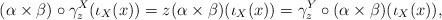
LaTeX: \begin{align*} (\alpha\times \beta)\circ \gamma^X_z(\iota_X(x)) = z (\alpha\times \beta)(\iota_X(x)) = \gamma^Y_z\circ (\alpha\times \beta)(\iota_X(x)), \end{align*}